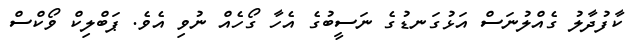
ކާފުދާލު ގެއްލުނަސް އަޅުގަނޑުގެ ނަސީބުގެ އެހާ ގޯހެއް ނުވި އެވެ. ޕަބްލިކް ވޯކްސް